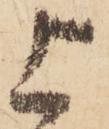
上